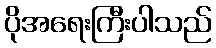
ပိုအရေးကြီးပါသည်